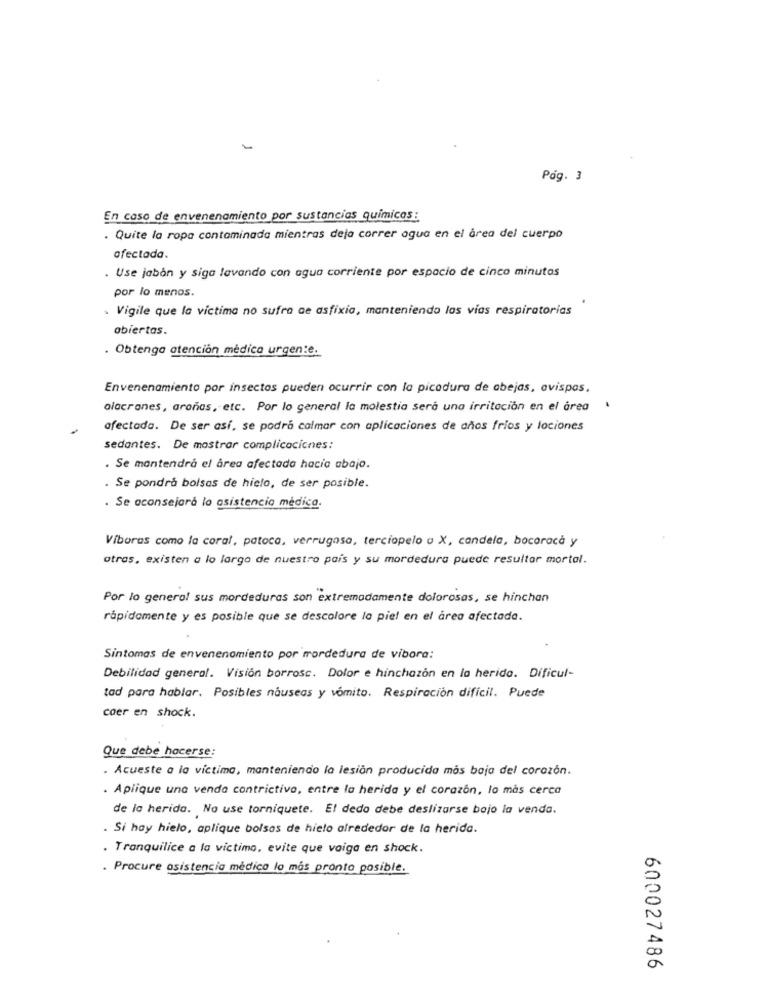
Póg. 3
En caso de envenenamiento por sustancias químicas :
. Quite la ropa contaminada mientras deja correr agua en el area del cuerpo
afectada.
. Use jabón y siga lavando con agua corriente por espacio de cinco minutos
por lo menos.
. Vigile que la victima no sufra ce asfixia, manteniendo las vías respiratorias
abiertas.
. Obtenga atención médica urgente.
Envenenamiento por insectos pueden ocurrir con la picadura de abejas, avispas,
alacranes, arañas, etc. Por lo general la molestia será una irritación en el área
afectada. De ser así, se podrá calmar con aplicaciones de años fríos y lociones
sedantes. De mostrar complicaciones:
. Se mantendrá el área afectada hacia abajo.
. Se pondrá bolsas de hielo, de ser posible.
Se aconsejara lo asistencia medica.
Víboras como la coral, patoco, verrugasa, terciopelo o X, candela, bocaracà y
otras, existen a lo largo de nuestro pais y su mordedura puede resultar mortal.
Por lo general sus mordeduras son extremadamente dolorosas, se hinchan
rápidamente y es posible que se descolore la piel en el area afectada.
Sintomas de envenenamiento por mordedura de vibora:
Debilidad general. Visión borrosc. Dolor e hinchazón en la herida. Dificul-
tad para hablar. Posibles nauseas y vómito. Respiración difícil. Puede
caer en shock.
Que debe hacerse:
. Acueste a la víctima, manteniendo la lesión producida mos baja del corazón.
. Aplique una venda contrictiva, entre la herida y el corazón, lo más cerca
de la herida. No use torniquete. El dedo debe deslizarse bajo la venda.
. Si hay hielo, aplique bolsos de hielo alrededor de la herida.
. Tranquilice a la victimo, evite que vaiga en shock.
. Procure asistencia médica lo más pronto posible.
600027486